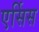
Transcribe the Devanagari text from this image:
एर्सिस